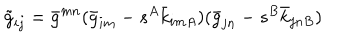
\tilde { g } _ { i j } = \bar { g } ^ { m n } ( \bar { g } _ { i m } - s ^ { A } \bar { k } _ { i m A } ) ( \bar { g } _ { j n } - s ^ { B } \bar { k } _ { j n B } )